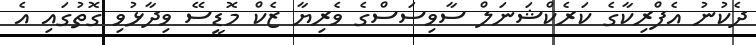
ދެކުނު އެފްރިކާގެ ކަރެކްޝަނަލް ސާވިސަސްގެ ވެރިޔާ ޒެކް މޮޑީސޭ ވިދާޅުވި ގޮތުގައި އެ